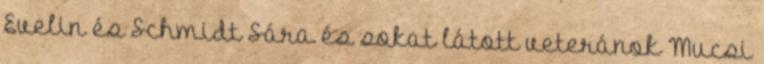
Evelin és Schmidt Sára és sokat látott veteránok Mucsi